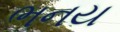
ભનય